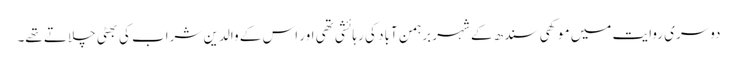
دوسری روایت میں موکھی سندھ کے شہر برہمن آباد کی رہائشی تھی اور اس کے والدین شراب کی بھٹی چلاتے تھے۔